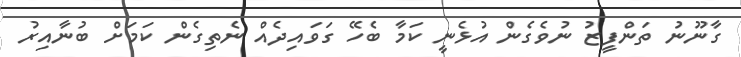
ގާނޫނު ތަންފީޒު ނުވެގެން އުޅެނީ ކަމާ ބެހޭ ގަވައިދެއް ނެތިގެން ކަމަށް ބުނާއިރު